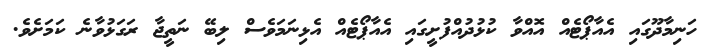
ހަނިމާދޫގައި އެއާޕޯޓެއް އޮއްވާ ކުޅުދުއްފުށީގައި އެއާޕޯޓެއް އެޅިނަމަވެސް ލިބޭ ނަތީޖާ ރަގަޅުވާނެ ކަމަށެވެ.